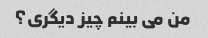
من می بینم چیز دیگری؟